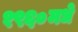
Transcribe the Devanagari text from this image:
१९६०मधे